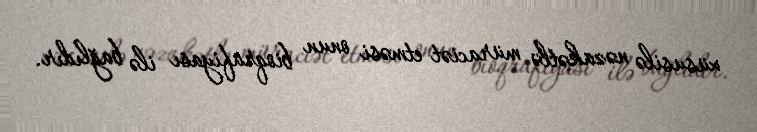
xüsusilə nəzakətlə müraciət etməsi onun bioqrafiyası ilə bağlıdır.